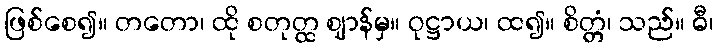
ဖြစ်စေ၍။ တတော၊ ထို စတုတ္ထ ဈာန်မှ။ ဝုဋ္ဌာယ၊ ထ၍။ စိတ္တံ၊ သည်။ ဓီ၊